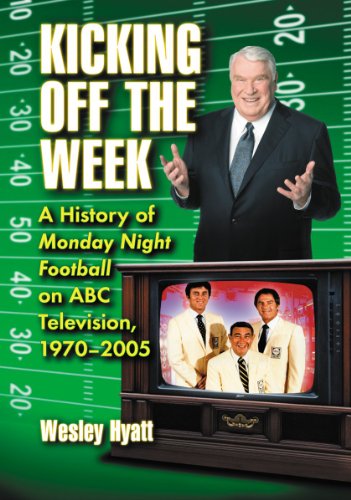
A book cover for Kicking Off the Week: A History of Monday Night Football on ABC Television, 1970-2005; Wesley Hyatt; Sports & Outdoors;